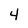
Character: 4